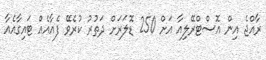
ރާއްޖެ އިން އޮސްޓްރޭލިއާ އަށް 250 ޑޮލަރަށް ދަތުރު ކުރެވޭ ފެއާއެއް ޓައިގާއެއާ